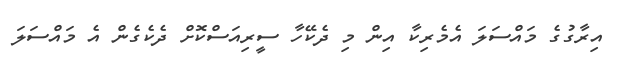
އިރާގުގެ މައްސަލަ އެމެރިކާ އިން މި ދެކޭހާ ސީރިއަސްކޮށް ދެކެގެން އެ މައްސަލަ